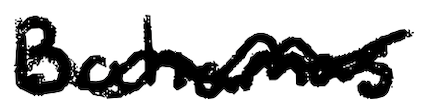
Text: Bahamas
Cross-out: mix
Writing tool: digital_black